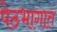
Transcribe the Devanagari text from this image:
पेठभागात